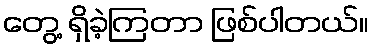
တွေ့ ရှိခဲ့ကြတာ ဖြစ်ပါတယ်။